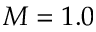
M = 1 . 0